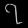
Digit: ၇